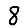
Digit: 8